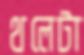
থলেটা